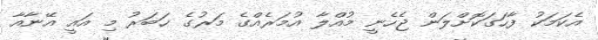
އެކަމަކު ފާހަގަކޮށްލަން ޖެހެނީ މުއްލާ އުމަރެއްގެ މަރުގެ ޚަބަރު މި އައީ އޭނާއާ